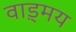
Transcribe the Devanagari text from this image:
वाड़्मय